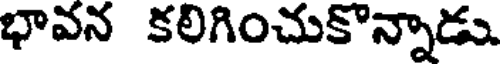
భావన కలిగించుకొన్నాడు